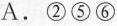
A.②⑤⑥